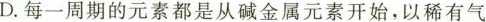
D.每一周期的元素都是从碱金属元素开始，以稀有气